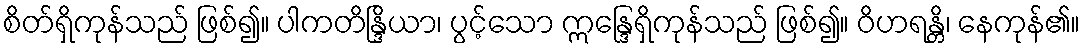
စိတ်ရှိကုန်သည် ဖြစ်၍။ ပါကတိန္ဒြိယာ၊ ပွင့်သော ဣန္ဒြေရှိကုန်သည် ဖြစ်၍။ ဝိဟရန္တိ၊ နေကုန်၏။